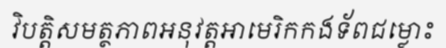
វិបត្តិសមត្ថភាពអនុវត្តអាមេរិកកងទ័ពជម្លោះ